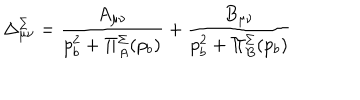
LaTeX: \Delta _ { \mu \nu } ^ { \Sigma } = { \frac { A _ { \mu \nu } } { p _ { b } ^ { 2 } + \Pi _ { A } ^ { \Sigma } ( p _ { b } ) } } + { \frac { B _ { \mu \nu } } { p _ { b } ^ { 2 } + \Pi _ { B } ^ { \Sigma } ( p _ { b } ) } }